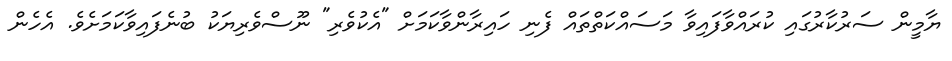
ޔާމީން ސަރުކާރުގައި ކުރައްވާފައިވާ މަސައްކަތްތައް ފެނި ހައިރާންވާކަމަށް "އެކުވެރި" ނޫސްވެރިޔަކު ބުނެފައިވާކަމަށެވެ. އެހެން